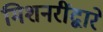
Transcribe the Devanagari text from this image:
मिशनरींद्वारे